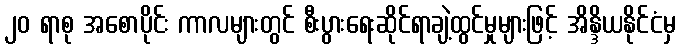
၂၀ ရာစု အစောပိုင်း ကာလများတွင် စီးပွားရေးဆိုင်ရာချဲ့ထွင်မှုများဖြင့် အိန္ဒိယနိုင်ငံမှ